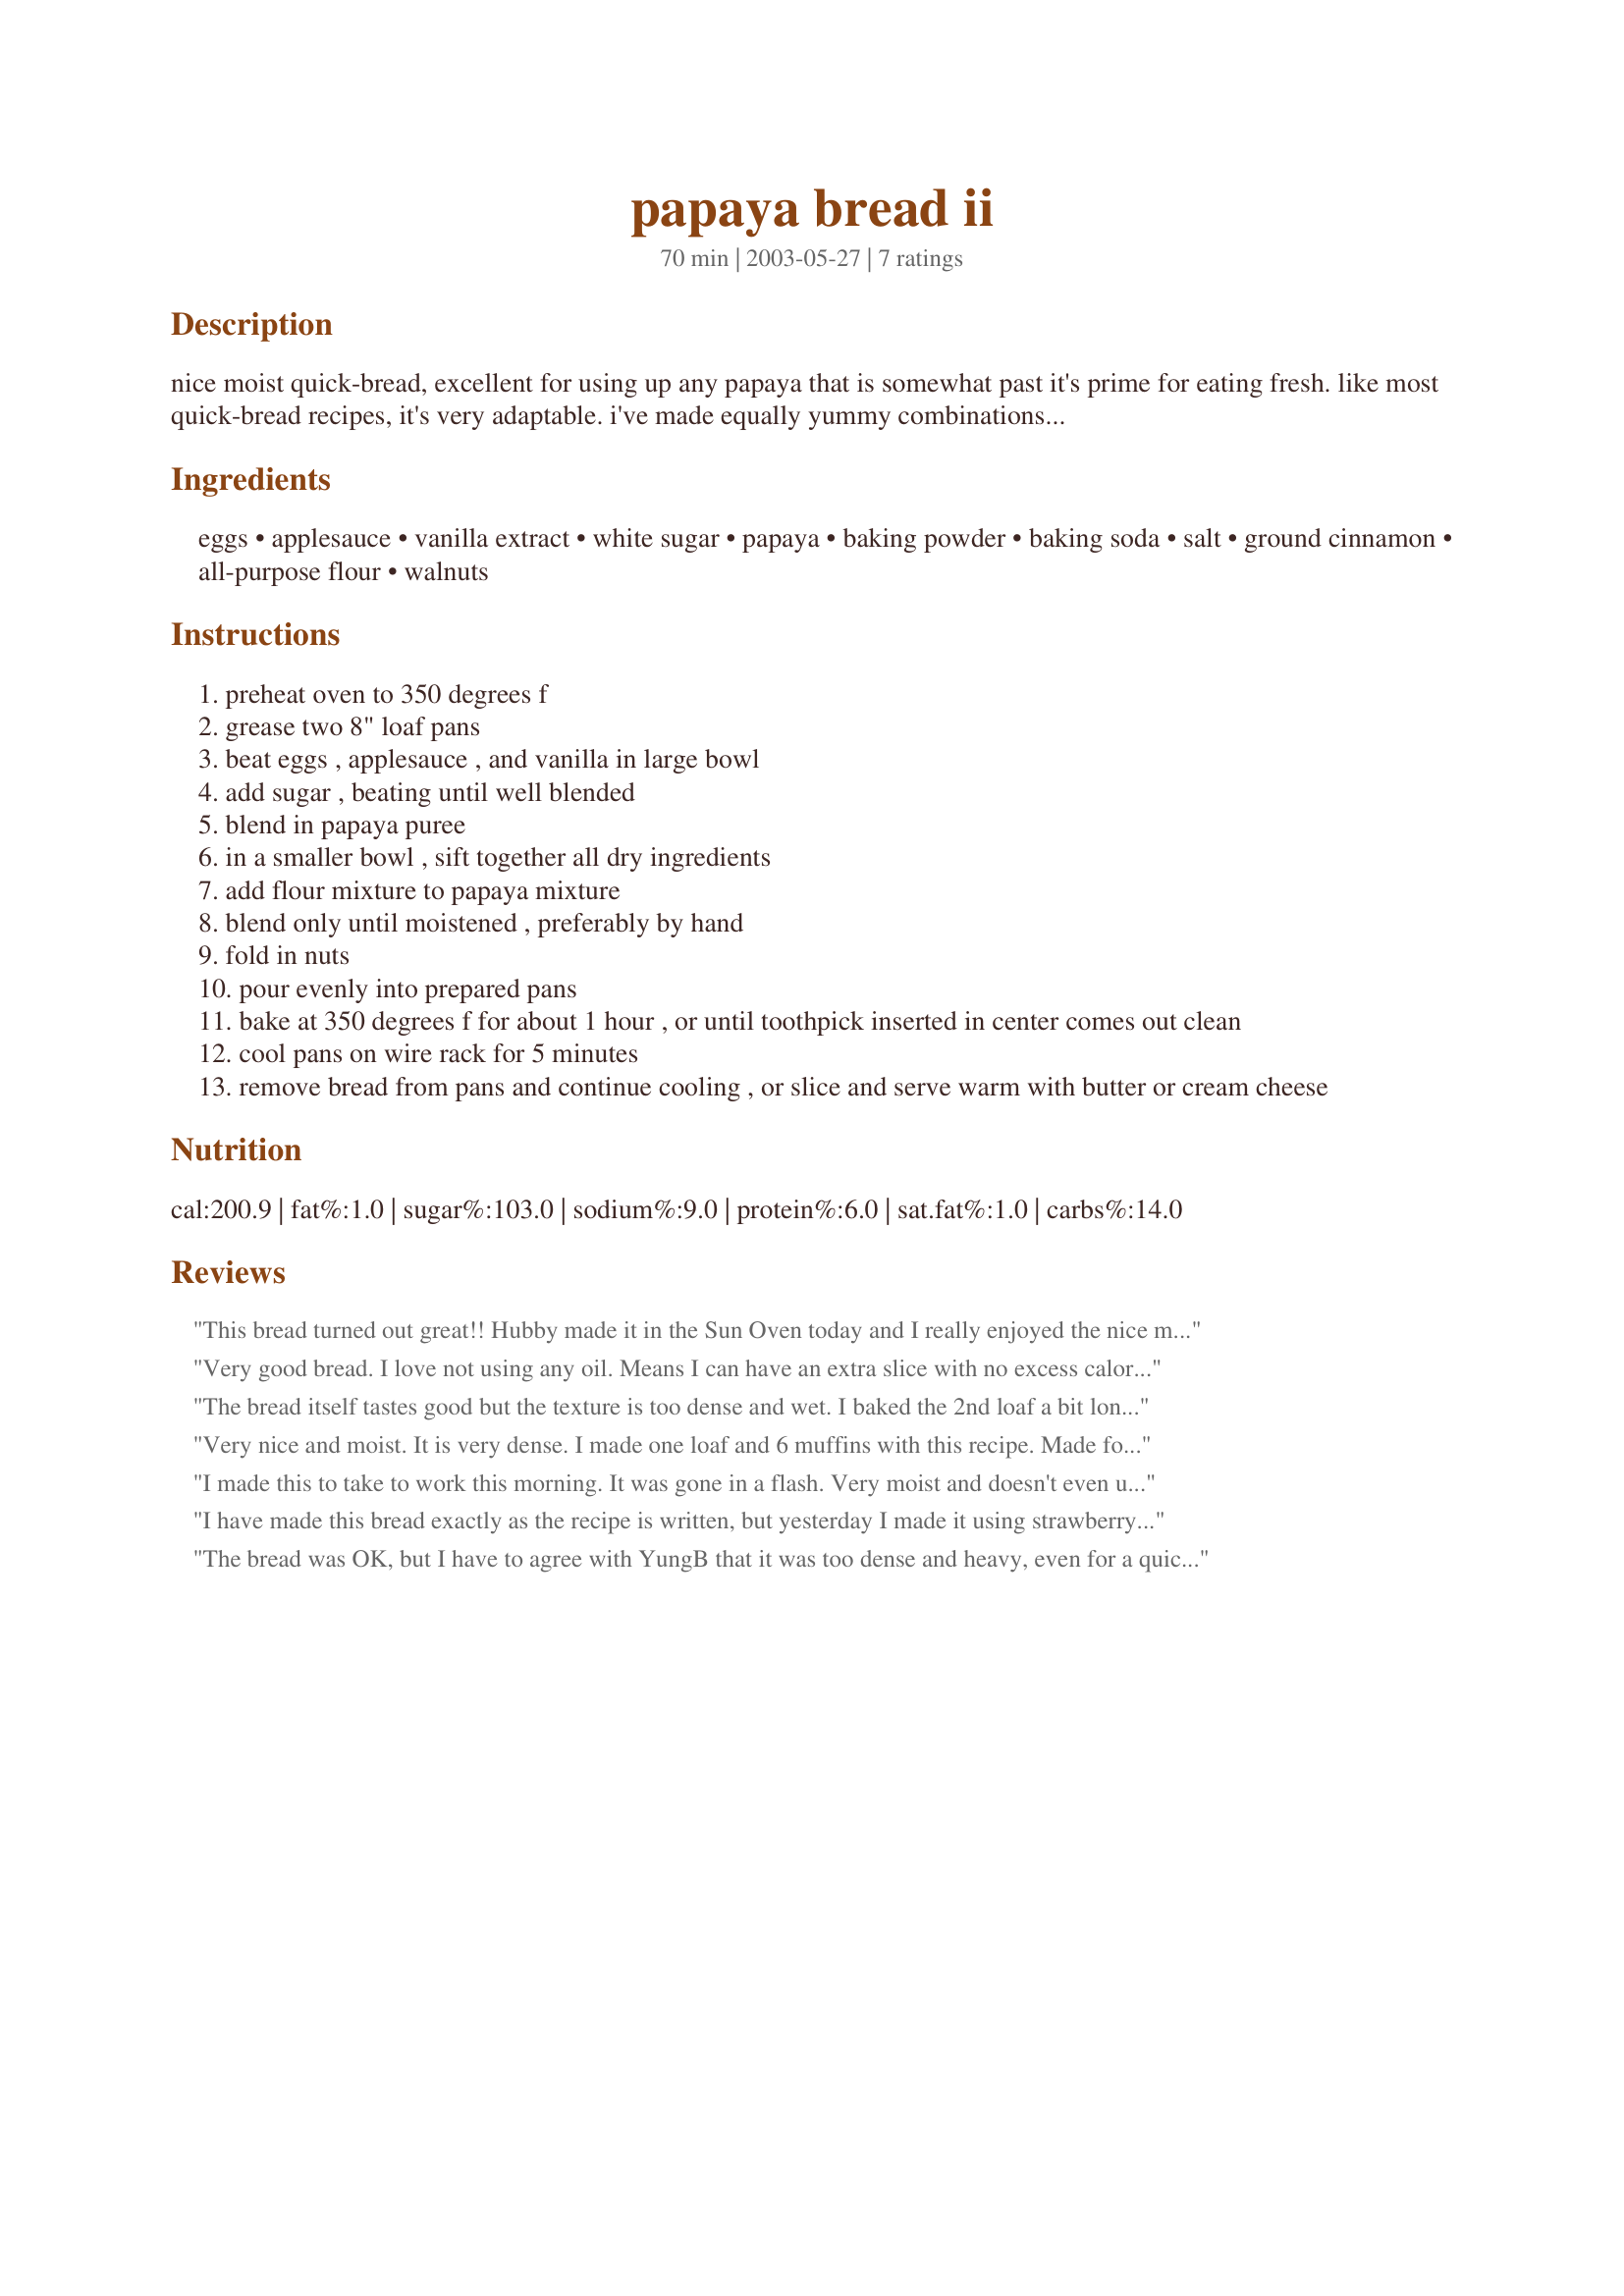
papaya bread ii
Preparation time: 70 minutes

nice moist quick-bread, excellent for using up any papaya that is somewhat past it's prime for eating fresh. like most quick-bread recipes, it's very adaptable. i've made equally yummy combinations of papaya-mango and papaya-banana breads when i didn't have the full amount of papaya available. freezes well (cool completely, slice, then wrap loaf tightly in plastic wrap or foil.)

Ingredients:
eggs, applesauce, vanilla extract, white sugar, papaya, baking powder, baking soda, salt, ground cinnamon, all-purpose flour, walnuts

Steps:
preheat oven to 350 degrees f
grease two 8" loaf pans
beat eggs , applesauce , and vanilla in large bowl
add sugar , beating until well blended
blend in papaya puree
in a smaller bowl , sift together all dry ingredients
add flour mixture to papaya mixture
blend only until moistened , preferably by hand
fold in nuts
pour evenly into prepared pans
bake at 350 degrees f for about 1 hour , or until toothpick inserted in center comes out clean
cool pans on wire rack for 5 minutes
remove bread from pans and continue cooling , or slice and serve warm with butter or cream cheese

Reviews:
This bread turned out great!! Hubby made it in the Sun Oven today and I really enjoyed the nice moist yummy bread. He used whole wheat flour and natural cane sugar.
Very good bread. I love not using any oil. Means I can have an extra slice with no excess calorie guilt.
Very moist and my nephew enjoyed 1/3 of the loaf by himself.....LOL Thank you, I will make this again soon.
The bread itself tastes good but the texture is too dense and wet. I baked the 2nd loaf a bit longer to see if it would help and it didn't. The crust got kinda crispy but the inside was still gooey. And I followed the recipe exactly too. :(
Very nice and moist. It is very dense. I made one loaf and 6 muffins with this recipe. Made for ZWT 5.
I made this to take to work this morning. It was gone in a flash. Very moist and doesn't even use oil in the recipe. I luckily had 2 cups of papaya on hand since I had just bought a huge one to cut up for after dinner dessert. Thanks for a good recipe.
I have made this bread exactly as the recipe is written, but yesterday I made it using strawberry puree, pecans and just for fun, I tossed in 1/4 cup dark chocolate bits. Either way, this is a great recipe. Everyone loved it. Thanks for posting.
The bread was OK, but I have to agree with YungB that it was too dense and heavy, even for a quick bread. It might have turned out better with less papaya. I made some into mini-loaves and some into muffins, and the muffins turned out slightly better and more solid.
I didn't care for the strong taste of papaya so I added a dash of nutmeg and 1/8 teaspoon of cloves.
